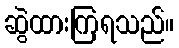
ဆွဲထားကြရသည်။